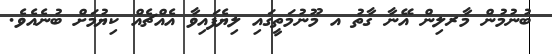
ބުނުމުން މާރލިން އޭނާ ގާތު އ މޫނުމަތީގައި ލިޔެފައިވާ އެއްޗެއް ކިޔުމަށް ބުނެއެވެ.